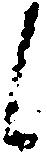
候